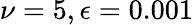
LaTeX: \nu=5,\epsilon=0.001